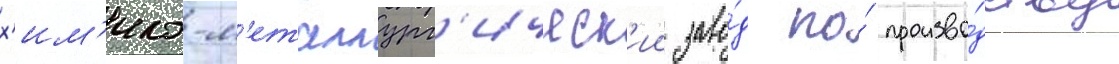
х'им'ико-м'еталлург'ическ'ии заво́д по́ произво́дству